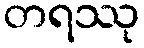
တရဿု